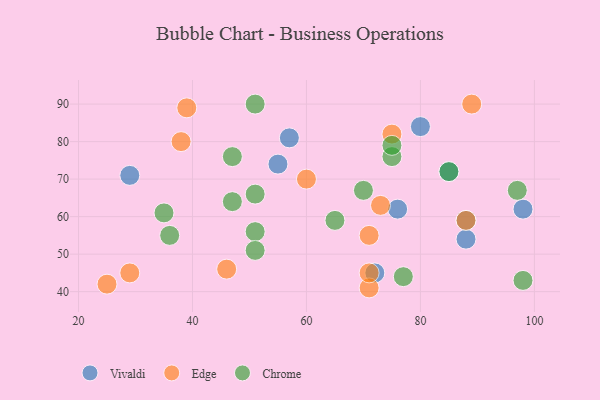
{"axis": {"x": "GDP", "y": "Life Expectancy"}, "legend": ["Chrome", "Edge", "Vivaldi"], "data": [{"x": "57", "y": 81, "type": "Vivaldi"}, {"x": "88", "y": 54, "type": "Vivaldi"}, {"x": "76", "y": 62, "type": "Vivaldi"}, {"x": "88", "y": 59, "type": "Vivaldi"}, {"x": "72", "y": 45, "type": "Vivaldi"}, {"x": "55", "y": 74, "type": "Vivaldi"}, {"x": "29", "y": 71, "type": "Vivaldi"}, {"x": "98", "y": 62, "type": "Vivaldi"}, {"x": "85", "y": 72, "type": "Vivaldi"}, {"x": "80", "y": 84, "type": "Vivaldi"}, {"x": "75", "y": 82, "type": "Edge"}, {"x": "89", "y": 90, "type": "Edge"}, {"x": "38", "y": 80, "type": "Edge"}, {"x": "71", "y": 41, "type": "Edge"}, {"x": "29", "y": 45, "type": "Edge"}, {"x": "39", "y": 89, "type": "Edge"}, {"x": "71", "y": 55, "type": "Edge"}, {"x": "60", "y": 70, "type": "Edge"}, {"x": "25", "y": 42, "type": "Edge"}, {"x": "88", "y": 59, "type": "Edge"}, {"x": "46", "y": 46, "type": "Edge"}, {"x": "71", "y": 45, "type": "Edge"}, {"x": "73", "y": 63, "type": "Edge"}, {"x": "35", "y": 61, "type": "Chrome"}, {"x": "70", "y": 67, "type": "Chrome"}, {"x": "36", "y": 55, "type": "Chrome"}, {"x": "97", "y": 67, "type": "Chrome"}, {"x": "75", "y": 76, "type": "Chrome"}, {"x": "75", "y": 79, "type": "Chrome"}, {"x": "47", "y": 76, "type": "Chrome"}, {"x": "51", "y": 66, "type": "Chrome"}, {"x": "77", "y": 44, "type": "Chrome"}, {"x": "98", "y": 43, "type": "Chrome"}, {"x": "51", "y": 90, "type": "Chrome"}, {"x": "85", "y": 72, "type": "Chrome"}, {"x": "51", "y": 56, "type": "Chrome"}, {"x": "47", "y": 64, "type": "Chrome"}, {"x": "65", "y": 59, "type": "Chrome"}, {"x": "51", "y": 51, "type": "Chrome"}]}